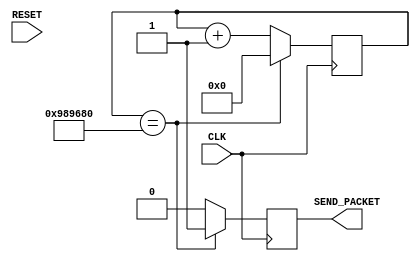
`timescale 1ns / 1ps
//////////////////////////////////////////////////////////////////////////////////
// Company: 
// Engineer: 
// 
// Design Name: 
// Module Name: HelloWorld
// Project Name: 
// Target Devices: 
// Tool Versions: 
// Description: 
// 
// Dependencies: 
// 
// Revision:
// Revision 0.01 - File Created
// Additional Comments:
// Additional Comments:
// 
//////////////////////////////////////////////////////////////////////////////////


module TenHz_cnt(
    input CLK,
    output SEND_PACKET,
    input RESET
    );
    
    parameter COUNTER_MAX = 10000000;
    
    reg [24:0] count_value;
    reg Trigger_out;
    
    
    always@(posedge CLK) begin
        
            if(count_value == COUNTER_MAX)
                count_value <= 0;
            else
                count_value <= count_value+1;
    end
    
    always@(posedge CLK)begin
        
            if(count_value == COUNTER_MAX)
                Trigger_out <= 1;
            else
                Trigger_out <= 0;
           
        
    end
    
    assign SEND_PACKET = Trigger_out;
    
    initial begin
        count_value = 0;
    end
    
endmodule